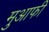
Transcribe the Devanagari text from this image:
मुआफी